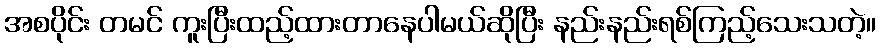
အစပိုင်း တမင် ကူးပြီးထည့်ထားတာနေပါမယ်ဆိုပြီး နည်းနည်းရစ်ကြည့်သေးသတဲ့။